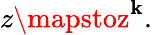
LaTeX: z\mapstoz^{\mathbf{k}}.